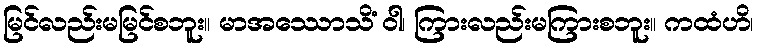
မြင်လည်းမမြင်စဘူး။ မာအဿောသိံ ဝါ၊ ကြားလည်းမကြားစဘူး။ ကထံဟိ၊